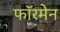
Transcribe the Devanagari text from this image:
फॉरमेन